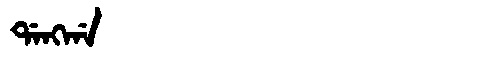
Manchu: ᡩᠠᠩᡤᠠ
Romanization: DANGGA